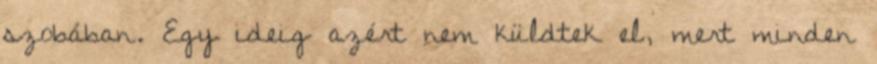
szobában. Egy ideig azért nem küldtek el, mert minden